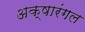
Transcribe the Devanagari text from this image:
अक्षारंगल